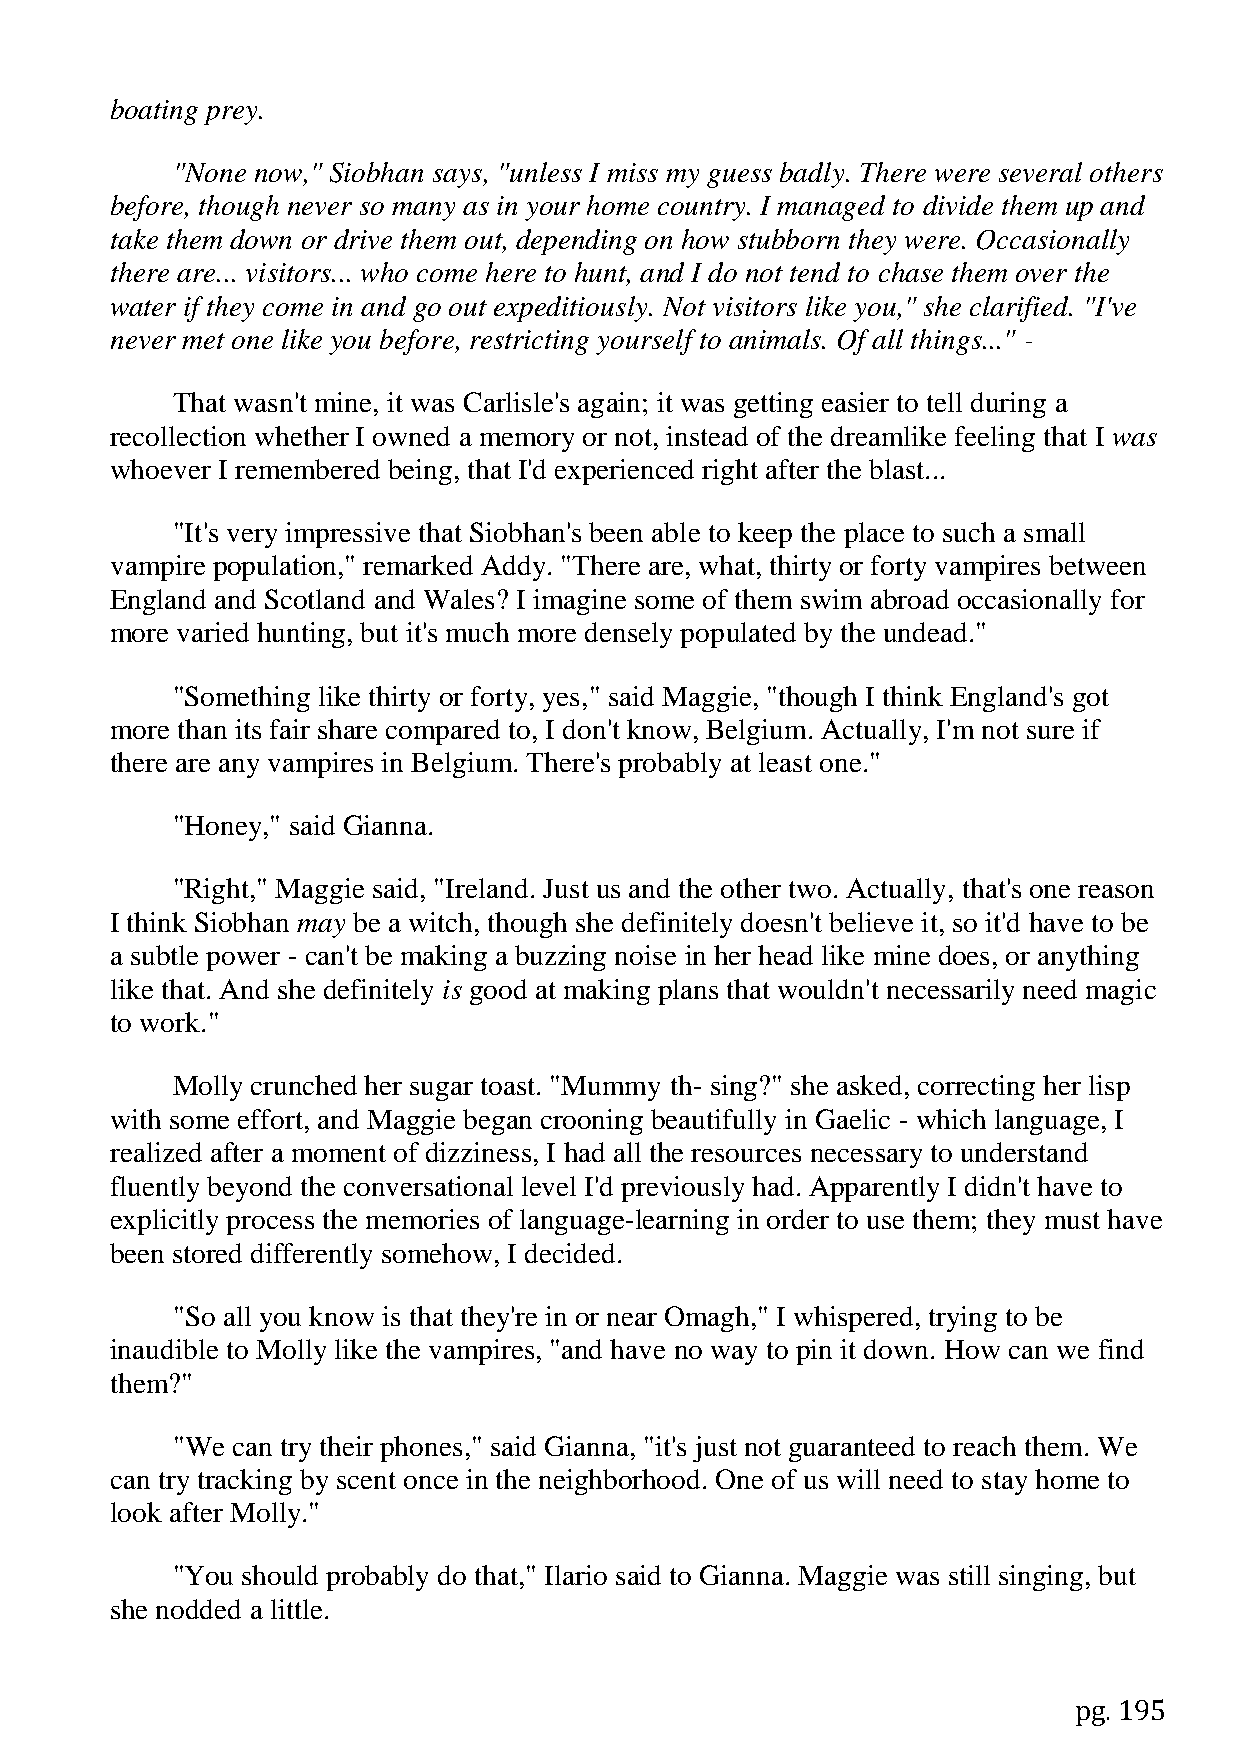
boating prey.
 "None now," Siobhan says, "unless I miss my guess badly. There were several others
 before, though never so many as in your home country. I managed to divide them up and
 take them down or drive them out, depending on how stubborn they were. Occasionally
 there are... visitors... who come here to hunt, and I do not tend to chase them over the
 water if they come in and go out expeditiously. Not visitors like you," she clarified. "I've
 never met one like you before, restricting yourself to animals. Of all things..." -
 That wasn't mine, it was Carlisle's again; it was getting easier to tell during a
 recollection whether I owned a memory or not, instead of the dreamlike feeling that I was
 whoever I remembered being, that I'd experienced right after the blast...
 "It's very impressive that Siobhan's been able to keep the place to such a small
 vampire population," remarked Addy. "There are, what, thirty or forty vampires between
 England and Scotland and Wales? I imagine some of them swim abroad occasionally for
 more varied hunting, but it's much more densely populated by the undead."
 "Something like thirty or forty, yes," said Maggie, "though I think England's got
 more than its fair share compared to, I don't know, Belgium. Actually, I'm not sure if
 there are any vampires in Belgium. There's probably at least one."
 "Honey," said Gianna.
 "Right," Maggie said, "Ireland. Just us and the other two. Actually, that's one reason
 I think Siobhan may be a witch, though she definitely doesn't believe it, so it'd have to be
 a subtle power - can't be making a buzzing noise in her head like mine does, or anything
 like that. And she definitely is good at making plans that wouldn't necessarily need magic
 to work."
 Molly crunched her sugar toast. "Mummy th- sing?" she asked, correcting her lisp
 with some effort, and Maggie began crooning beautifully in Gaelic - which language, I
 realized after a moment of dizziness, I had all the resources necessary to understand
 fluently beyond the conversational level I'd previously had. Apparently I didn't have to
 explicitly process the memories of language-learning in order to use them; they must have
 been stored differently somehow, I decided.
 "So all you know is that they're in or near Omagh," I whispered, trying to be
 inaudible to Molly like the vampires, "and have no way to pin it down. How can we find
 them?"
 "We can try their phones," said Gianna, "it's just not guaranteed to reach them. We
 can try tracking by scent once in the neighborhood. One of us will need to stay home to
 look after Molly."
 "You should probably do that," Ilario said to Gianna. Maggie was still singing, but
 she nodded a little.
 pg. 195